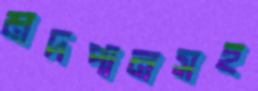
মদপানসহ